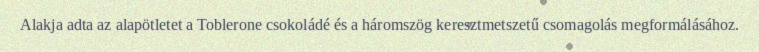
Alakja adta az alapötletet a Toblerone csokoládé és a háromszög keresztmetszetű csomagolás megformálásához.